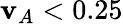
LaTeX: \mathbf{v}_{A}<0.25